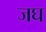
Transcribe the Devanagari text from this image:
जघ